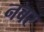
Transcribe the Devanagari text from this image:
नबर